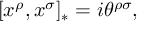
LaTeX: [ x ^ { \rho } , x ^ { \sigma } ] _ { * } = i \theta ^ { \rho \sigma } ,